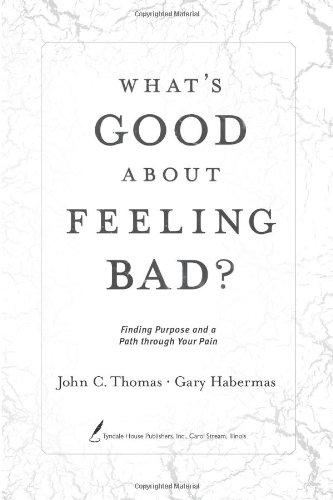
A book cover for What's Good about Feeling Bad?: Finding Purpose and a Path through Your Pain; Gary R. Habermas; Christian Books & Bibles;